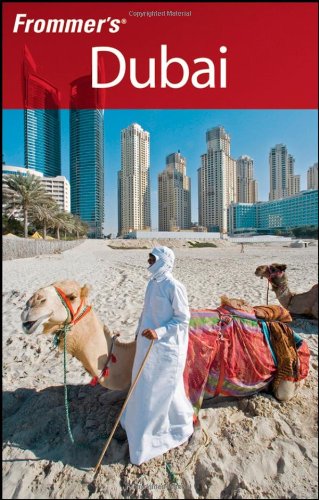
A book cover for Frommer's Dubai (Frommer's Complete Guides); Shane Christensen; Travel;